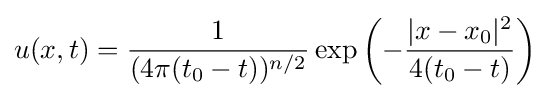
u(x,t)={\frac {1}{(4\pi (t_{0}-t))^{n/2}}}\exp \left(-{\frac {|x-x_{0}|^{2}}{4(t_{0}-t)}}\right)